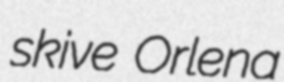
skive Orlena